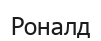
Роналд